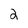
Character: 2